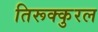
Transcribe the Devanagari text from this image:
तिरूक्कुरल